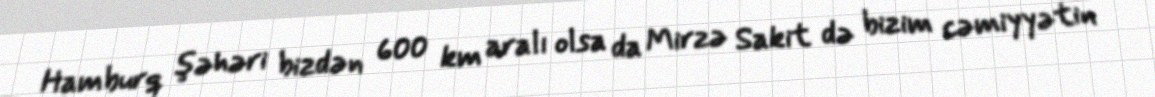
Hamburq şəhəri bizdən 600 km aralı olsa da Mirzə Sakit də bizim cəmiyyətin